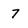
Character: 7